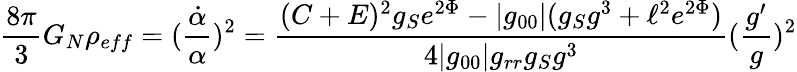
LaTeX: \frac{8\pi}{3}G_{N}\rho_{eff}=(\frac{\dot{\alpha}}{\alpha})^{2}=\frac{(C+E)^{2}g_{S}e^{2\Phi}-|g_{00}|(g_{S}g^{3}+\ell^{2}e^{2\Phi})}{4|g_{00}|g_{rr}g_{S}g^{3}}(\frac{g^{\prime}}{g})^{2}